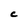
Character: C